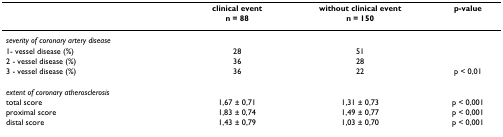
<table><thead><tr><td></td><td><b>clinical event</b></td><td><b>without clinical event</b></td><td><b>p-value</b></td></tr><tr><td></td><td><b>n = 88</b></td><td><b>n = 150</b></td><td></td></tr></thead><tbody><tr><td><i>severity of coronary artery disease</i></td><td></td><td></td><td></td></tr><tr><td>1- vessel disease (%)</td><td>28</td><td>51</td><td></td></tr><tr><td>2 - vessel disease (%)</td><td>36</td><td>28</td><td></td></tr><tr><td>3 - vessel disease (%)</td><td>36</td><td>22</td><td>p &lt; 0,01</td></tr><tr><td><i>extent of coronary atherosclerosis</i></td><td></td><td></td><td></td></tr><tr><td>total score</td><td>1,67 ± 0,71</td><td>1,31 ± 0,73</td><td>p &lt; 0,001</td></tr><tr><td>proximal score</td><td>1,83 ± 0,74</td><td>1,49 ± 0,77</td><td>p &lt; 0,001</td></tr><tr><td>distal score</td><td>1,43 ± 0,79</td><td>1,03 ± 0,70</td><td>p &lt; 0,001</td></tr></tbody></table>